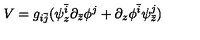
V = g _ { i \bar { j } } ( \psi _ { z } ^ { \bar { i } } \partial _ { \bar { z } } \phi ^ { j } + \partial _ { z } \phi ^ { \bar { i } } \psi _ { \bar { z } } ^ { j } )